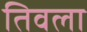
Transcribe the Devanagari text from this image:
तिवला